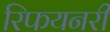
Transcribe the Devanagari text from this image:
रिफयनरी